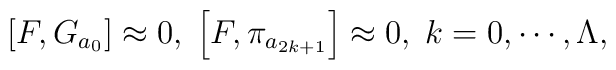
\left[ F,G_{a_{0}}\right] \approx 0,\;\left[ F,\pi _{a_{2k+1}}\right]\approx 0,\;k=0,\cdots ,\Lambda ,